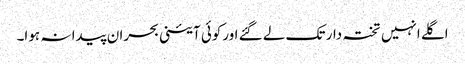
اگلے انہیں تختہ دار تک لے گئے اورکوئی آئینی بحران پیدا نہ ہوا۔